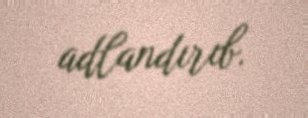
adlandırıb.